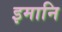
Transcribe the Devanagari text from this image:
इमानि